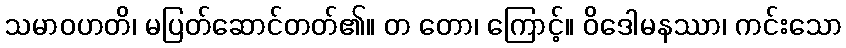
သမာဝဟတိ၊ မပြတ်ဆောင်တတ်၏။ တ တော၊ ကြောင့်။ ဝိဒေါမနဿာ၊ ကင်းသော